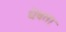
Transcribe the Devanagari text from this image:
धेवता